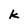
Character: k